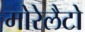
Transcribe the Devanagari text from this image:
मोरेलैटो